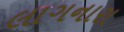
લાગનારા